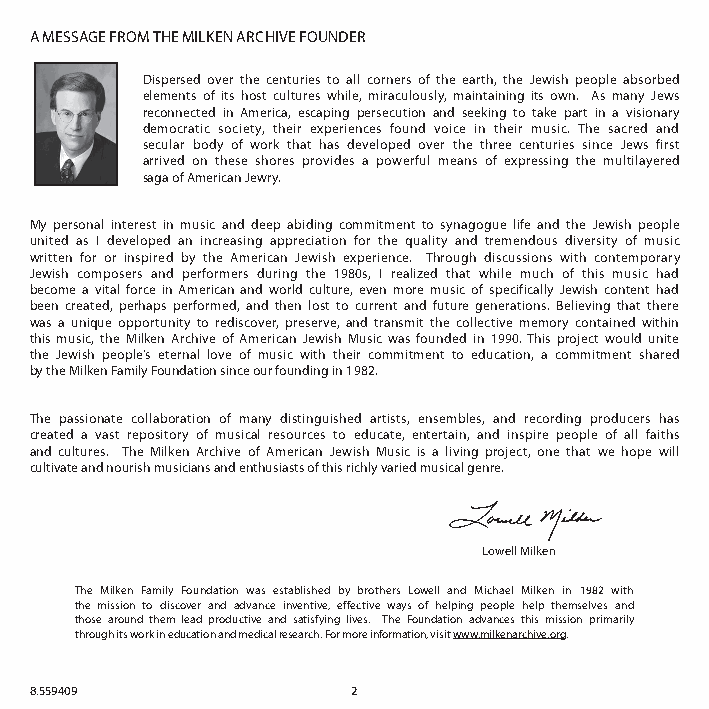
A MESSAGE FROM THE MILKEN ARCHIVE FOUNDER
 Dispersed over the centuries to all corners of the earth, the Jewish people absorbed
 elements of its host cultures while, miraculously, maintaining its own. As many Jews
 reconnected in America, escaping persecution and seeking to take part in a visionary
 democratic society, their experiences found voice in their music. The sacred and
 secular body of work that has developed over the three centuries since Jews first
 arrived on these shores provides a powerful means of expressing the multilayered
 saga of American Jewry.
 My personal interest in music and deep abiding commitment to synagogue life and the Jewish people
 united as I developed an increasing appreciation for the quality and tremendous diversity of music
 written for or inspired by the American Jewish experience. Through discussions with contemporary
 Jewish composers and performers during the 1980s, I realized that while much of this music had
 become a vital force in American and world culture, even more music of specifically Jewish content had
 been created, perhaps performed, and then lost to current and future generations. Believing that there
 was a unique opportunity to rediscover, preserve, and transmit the collective memory contained within
 this music, the Milken Archive of American Jewish Music was founded in 1990. This project would unite
 the Jewish people’s eternal love of music with their commitment to education, a commitment shared
 by the Milken Family Foundation since our founding in 1982.
 The passionate collaboration of many distinguished artists, ensembles, and recording producers has
 created a vast repository of musical resources to educate, entertain, and inspire people of all faiths
 and cultures. The Milken Archive of American Jewish Music is a living project, one that we hope will
 cultivate and nourish musicians and enthusiasts of this richly varied musical genre.
 Lowell Milken
 The Milken Family Foundation was established by brothers Lowell and Michael Milken in 1982 with
 the mission to discover and advance inventive, effective ways of helping people help themselves and
 those around them lead productive and satisfying lives. The Foundation advances this mission primarily
 through its work in education and medical research. For more information, visit www.milkenarchive.org.
 8.559409             2